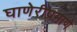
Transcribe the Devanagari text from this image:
घाणेरीप्रमाणे